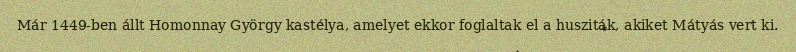
Már 1449-ben állt Homonnay György kastélya, amelyet ekkor foglaltak el a husziták, akiket Mátyás vert ki.